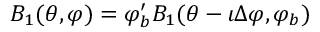
B _ { 1 } ( \theta , \varphi ) = \varphi _ { b } ^ { \prime } B _ { 1 } ( \theta - \iota \Delta \varphi , \varphi _ { b } )